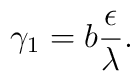
\gamma_1=b\frac{\epsilon}{\lambda}.